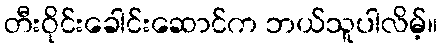
တီးဝိုင်းခေါင်းဆောင်က ဘယ်သူပါလိမ့်။